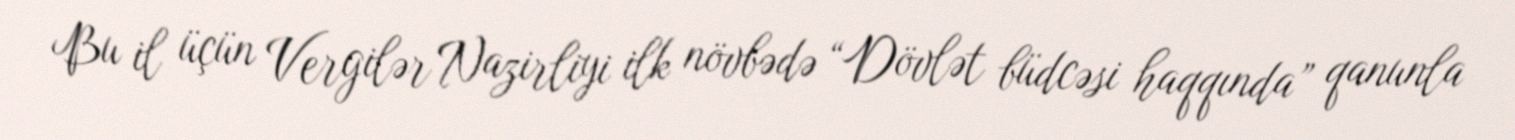
Bu il üçün Vergilər Nazirliyi ilk növbədə “Dövlət büdcəsi haqqında” qanunla